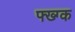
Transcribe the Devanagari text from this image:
फ्ख्ग्क